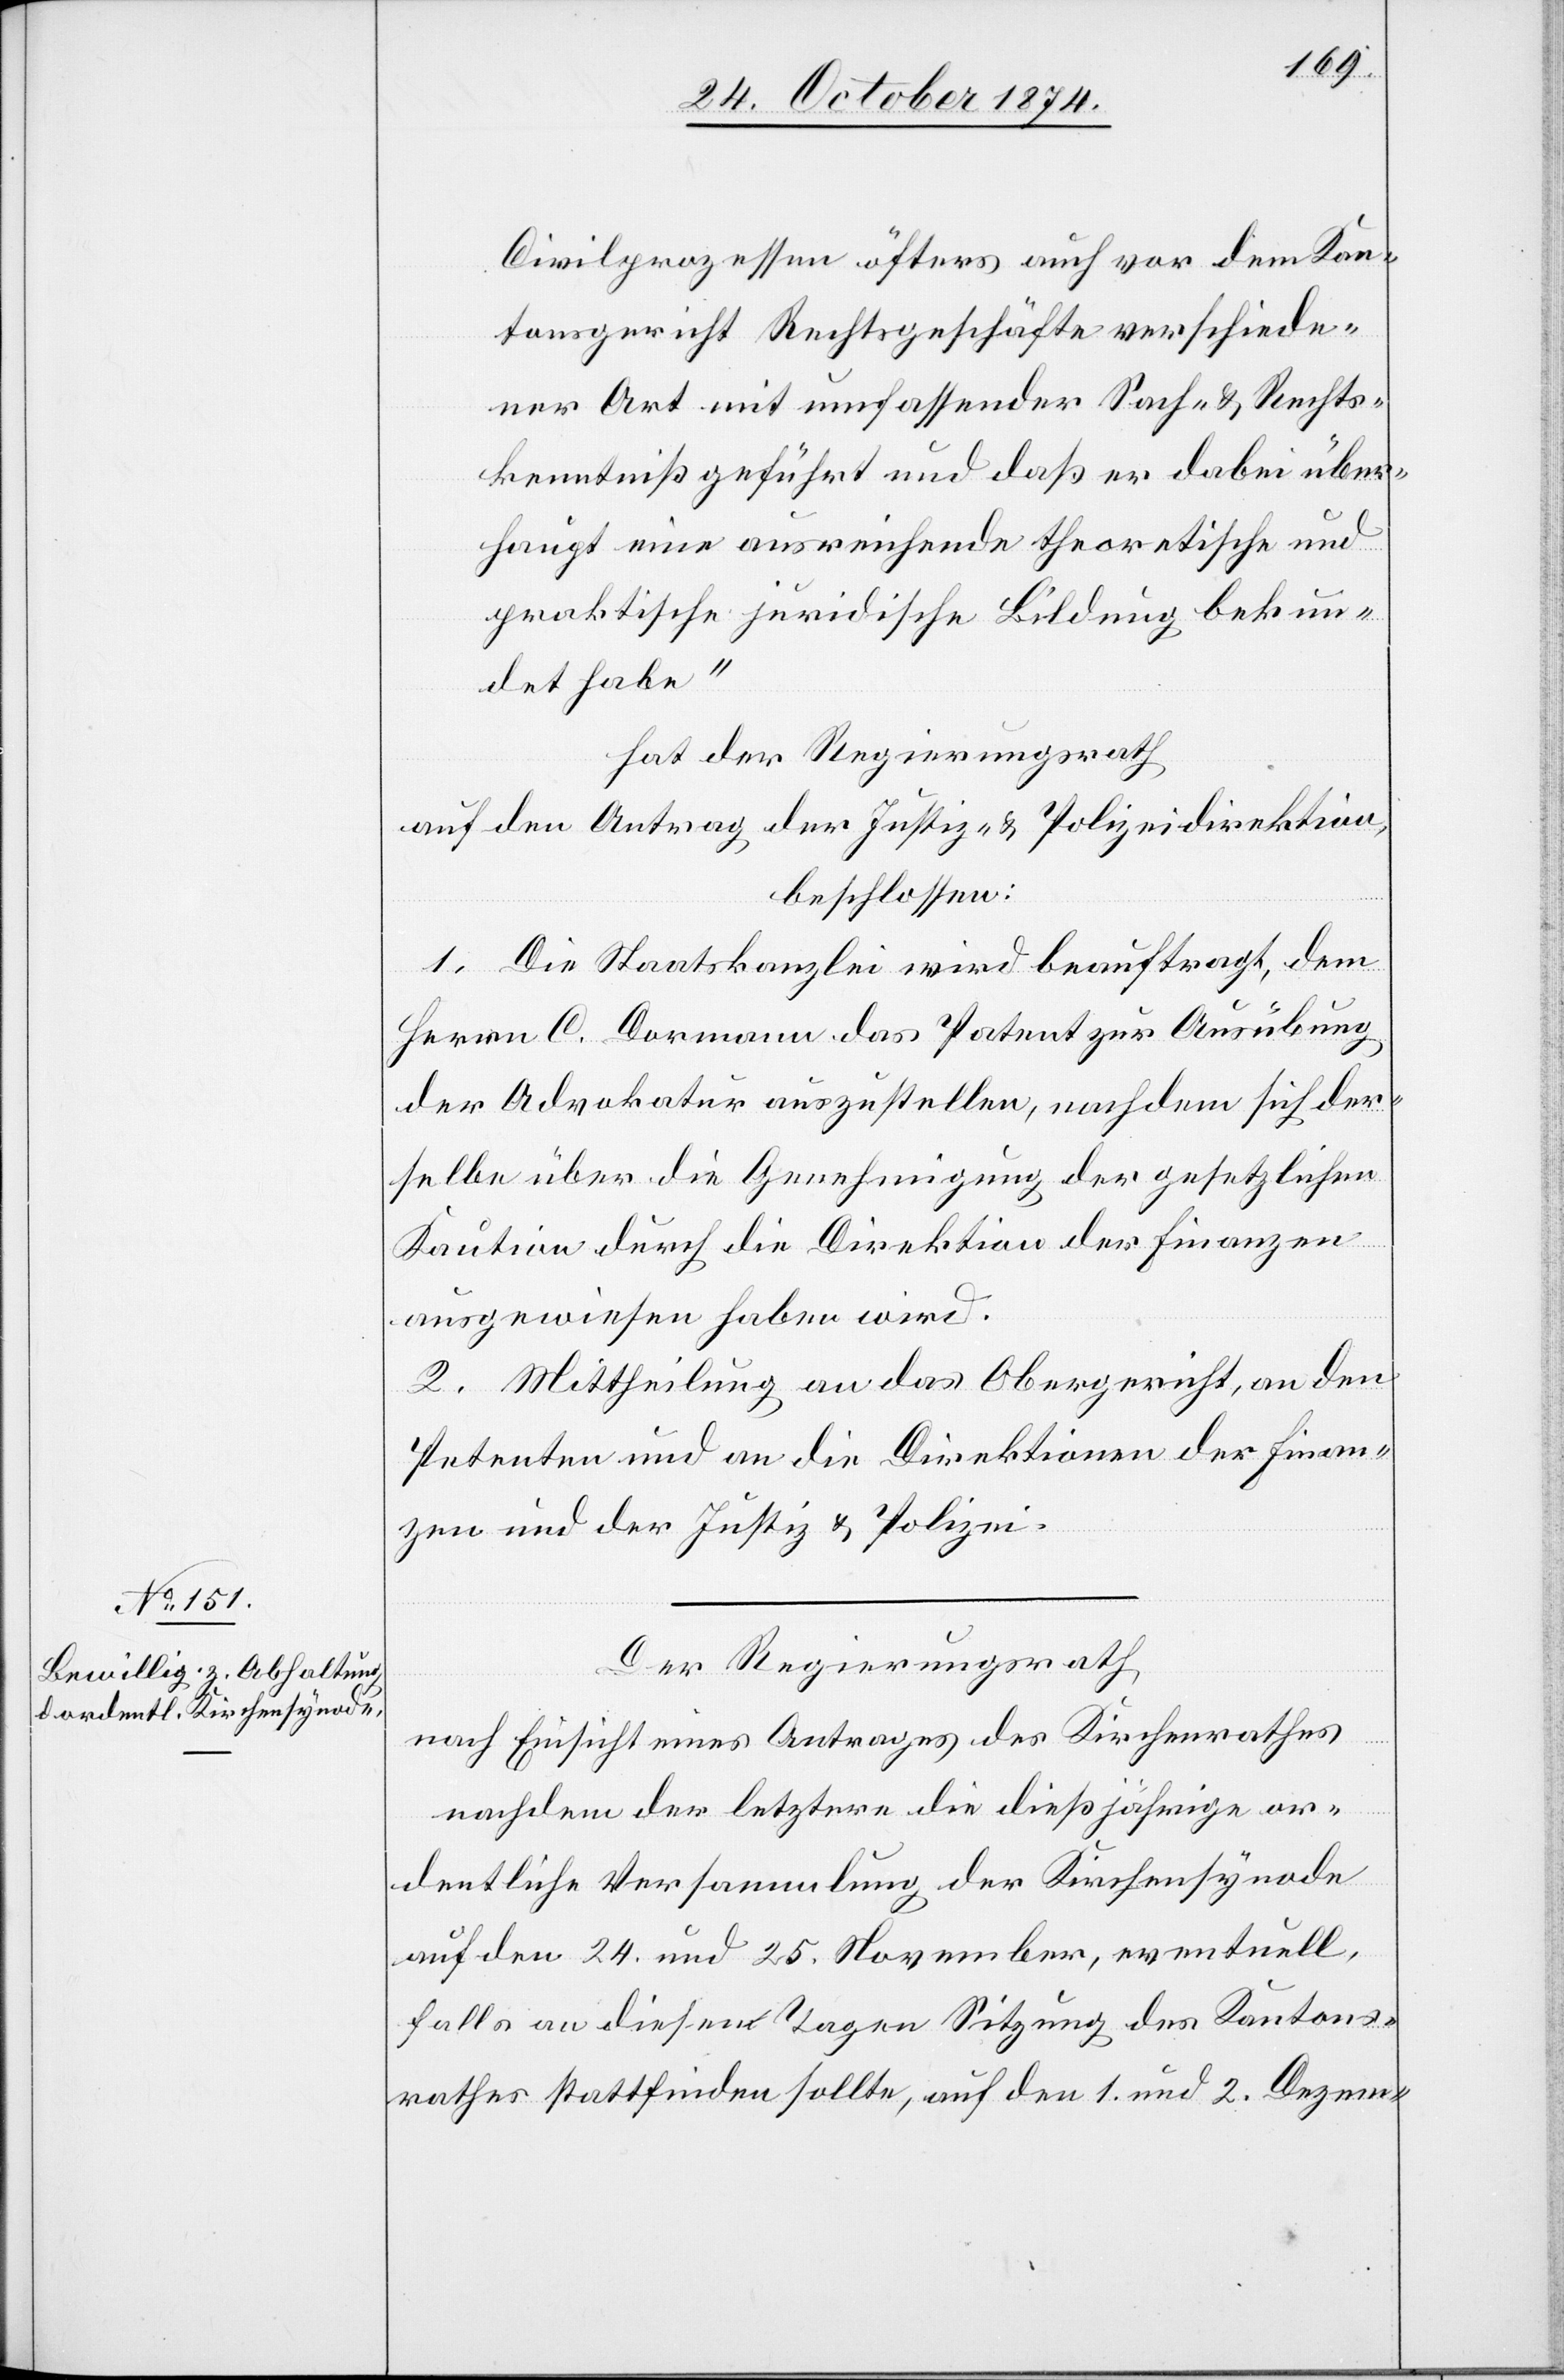
Civilprozessen öfters auch vor dem Kan¬
tonsgericht Rechtsgeschäfte verschiede¬
ner Art mit umfassender Sach- & Rechts¬
kenntniß geführt und daß er dabei über¬
haupt eine ausreichende theoretische und
praktische juridische Bildung bekun¬
det habe“
hat der Regierungsrath
auf den Antrag der Justiz- & Polizeidirektion,
beschlossen:
1. Die Staatskanzlei wird beauftragt, dem
Herrn. C. Dormann das Patent zur Ausübung
der Advokatur auszustellen, nachdem sich der¬
selbe über die Genehmigung der gesetzlichen
Kaution durch die Direktion der Finanzen
ausgewiesen haben wird.
2. Mittheilung an das Obergericht, an den
Petenten und an die Direktion der Finan¬
zen und der Justiz & Polizei.
Der Regierungsrath
nach Einsicht eines Antrages des Kirchenrathes
nachdem der letztere die dießjährige or¬
dentliche Versammlung der Kirchensynode
auf den 24. und 25. November, eventuell,
falls an diesen Tagen Sitzung des Kantons¬
rathes stattfinden sollte, auf den 1. und 2. Dezem-